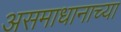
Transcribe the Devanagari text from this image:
असमाधानाच्या